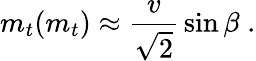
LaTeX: m_{t}(m_{t})\approx{\frac{v}{\sqrt{2}}}\sin\beta\; .